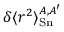
\delta \langle r ^ { 2 } \rangle _ { \mathrm { S n } } ^ { A , A ^ { \prime } }